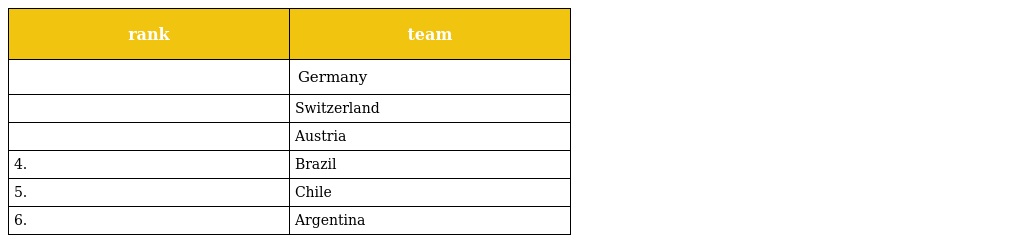
| rank | team |
 | --- | --- |
 |  | Germany |
 |  | Switzerland |
 |  | Austria |
 | 4. | Brazil |
 | 5. | Chile |
 | 6. | Argentina |